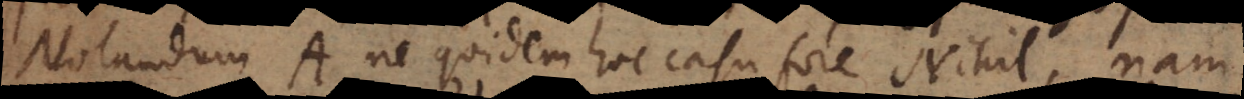
Notandum A ne quidem hoc casu fore Nihil, nam